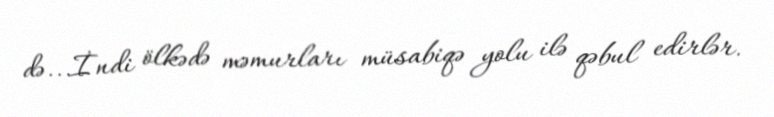
də...İndi ölkədə məmurları müsabiqə yolu ilə qəbul edirlər.